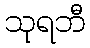
သုရဘီ